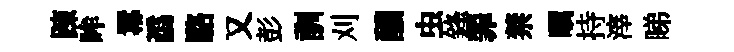
踈眸羃譌駱又彭訓刈醲虫鋒罪禁瞩持滓睇